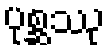
ပုစ္ဆဿု